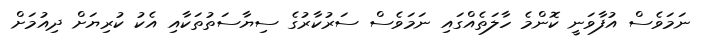
ނަމަވެސް އުފާވަނީ ކޮންމެ ހާލަތެއްގައި ނަމަވެސް ސަރުކާރުގެ ސިޔާސަތުތަކާއި އެކު ކުރިޔަށް ދިއުމަށް